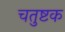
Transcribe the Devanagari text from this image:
चतुष्टक